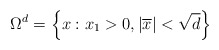
\begin{align*}\Omega ^{d}=\left\{ x:x_{1}>0,\left\vert \overline{x}\right\vert <\sqrt{d}\right\} \end{align*}